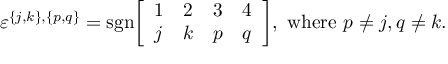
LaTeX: \varepsilon ^ { \{ j , k \} , \{ p , q \} } = { \mathrm { s g n } } { \left[ \begin{array} { l l l l } { 1 } & { 2 } & { 3 } & { 4 } \\ { j } & { k } & { p } & { q } \end{array} \right] } , { \mathrm { ~ w h e r e ~ } } p \neq j , q \neq k .